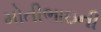
મોતીભાઇની